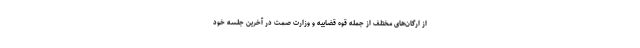
از ارگان‌های مختلف از جمله قوه قضاییه و وزارت صمت در آخرین جلسه خود